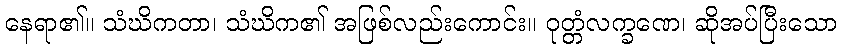
နေရာ၏။ သံဃိကတာ၊ သံဃိက၏ အဖြစ်လည်းကောင်း။ ဝုတ္တံလက္ခဏေ၊ ဆိုအပ်ပြီးသော